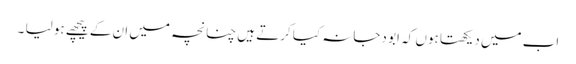
اب میں دیکھتا ہوں کہ ابو دجانہ کیا کرتے ہیں چنانچہ میں ان کے پیچھے ہو لیا ۔